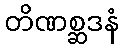
တိဏစ္ဆဒနံ